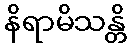
နိရာမိသန္တိ